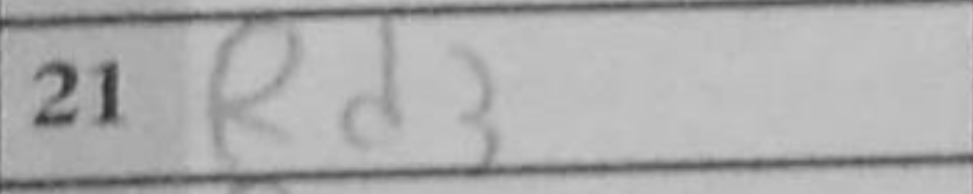
Transcription: Rd3